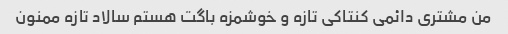
من مشتری دائمی کنتاکی تازه و خوشمزه باگت هستم سالاد تازه ممنون